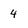
Character: 4